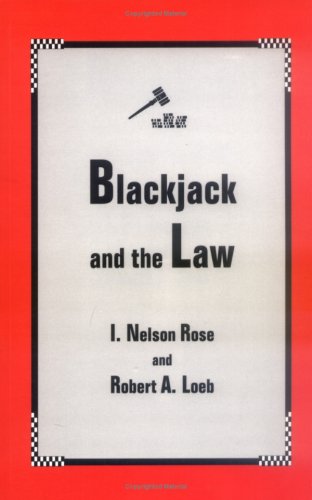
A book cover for Blackjack and the Law; I. Nelson Rose; Humor & Entertainment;